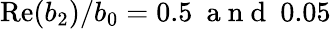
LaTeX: \mathrm{Re}(b_{2})/b_{0}=0.5\ \mathrm{~a~n~d~}\ 0.05